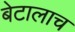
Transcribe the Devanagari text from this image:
बेटालाच